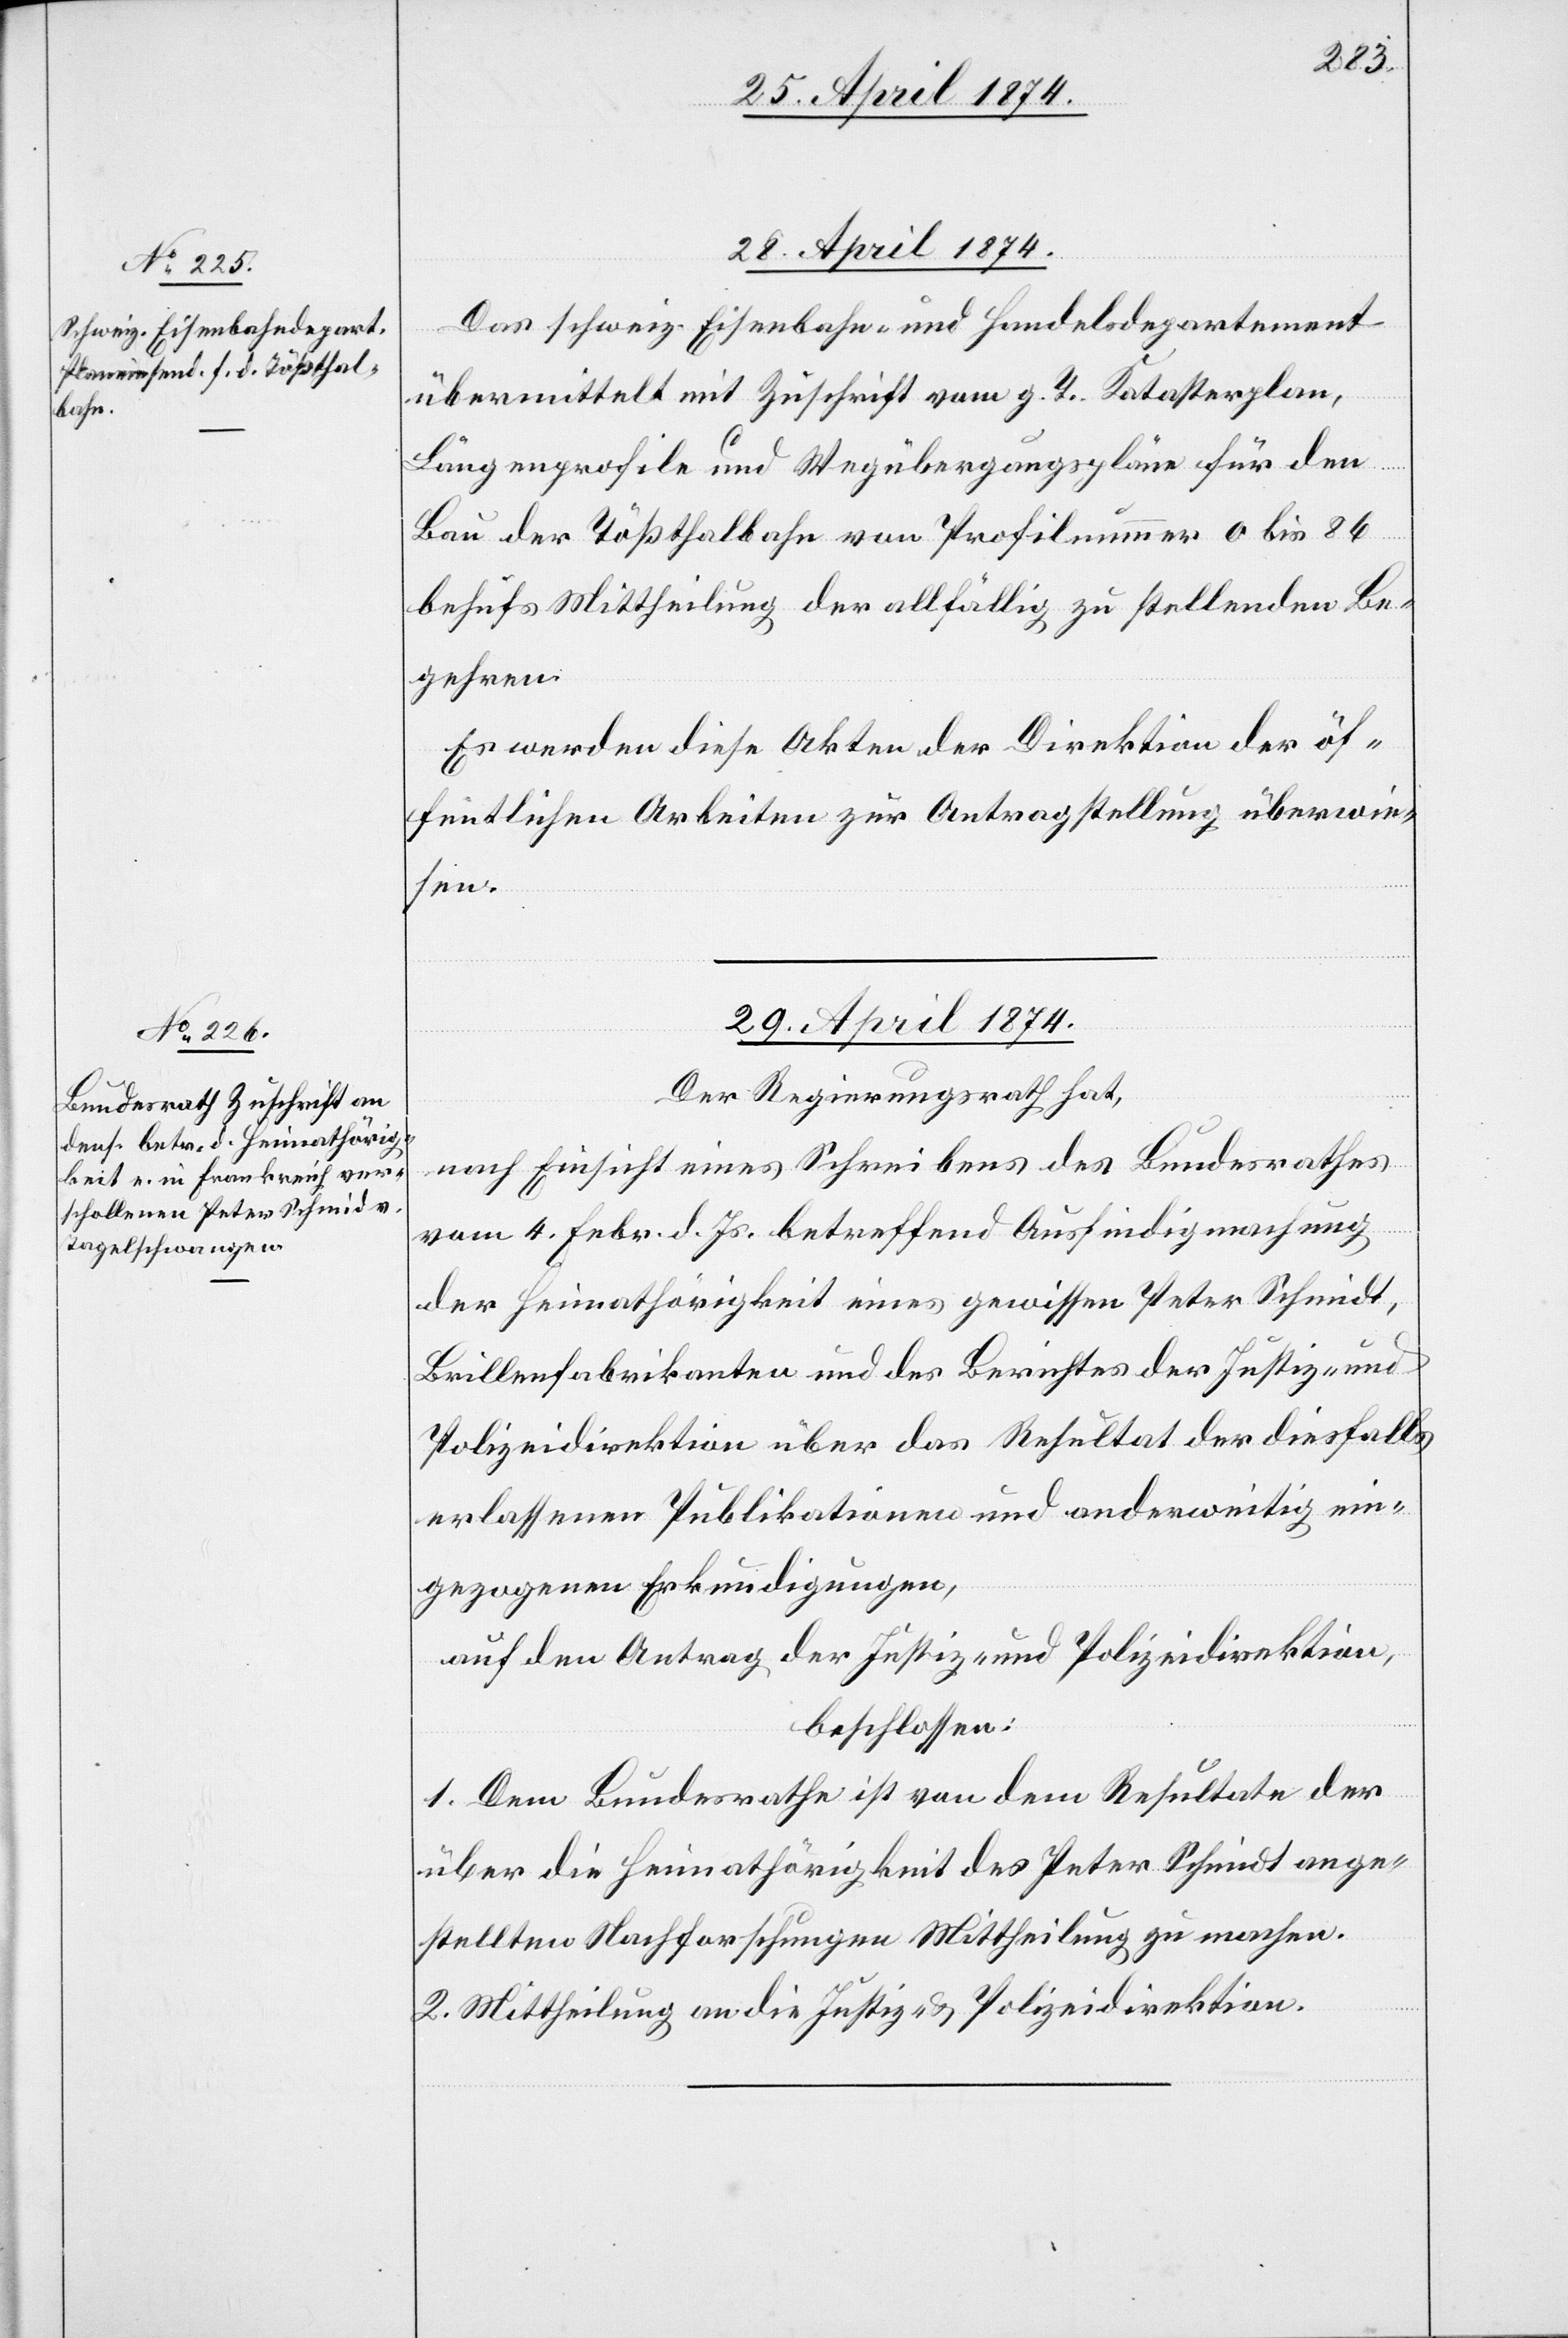
28. April 1874.
Das schweiz. Eisenbahn- und Handelsdepartement
übermittelt mit Zuschrift vom g. T. Katasterplan,
Längenprofile und Wegübergangspläne für den
Bau der Tößthalbahn von Profilnummer 0 bis 86
behufs Mittheilung der allfällig zu stellenden Be¬
gehren.
Es werden diese Akten der Direktion der öf¬
fentlichen Arbeiten zur Antragstellung überwie¬
sen.
29. April 1874.
Der Regierungsrath hat,
nach Einsicht eines Schreibens des Bundesrathes
vom 4. Febr. d. Js. betreffend Ausfindigmachung
der Heimathörigkeit eines gewissen Peter Schmidt
Brillenfabrikanten und des Berichtes der Justiz- und
Polizeidirektion über das Resultat der diesfalls
erlassenen Publikationen und anderweitig ein¬
gezogenen Erkundigungen,
auf den Antrag der Justiz- und Polizeidirektion,
beschlossen:
1. Dem Bundesrathe ist von dem Resultate der
über die Heimathörigkeit des Peter Schmidt ange¬
stellten Nachforschungen Mittheilung zu machen.
2. Mittheilung an die Justiz- u. Polizeidirektion.